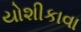
યોશીકાવા